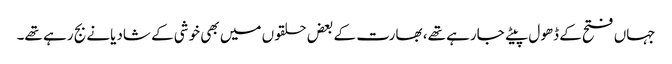
جہاں فتح کے ڈھول پیٹے جارہے تھے، بھارت کے بعض حلقوں میں بھی خوشی کے شادیانے بج رہے تھے۔